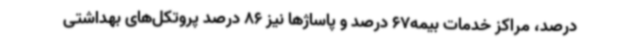
درصد، مراکز خدمات بیمه67 درصد و پاساژها نیز 86 درصد پروتکل‌های بهداشتی